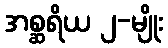
အစ္ဆရိယ ၂-မျိုး